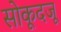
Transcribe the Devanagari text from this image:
सोकूदजू